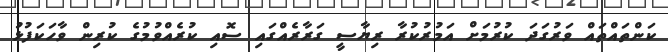
ކަންތައްތައް ވަރުގަދަ ކުރުމަށް އަމުރުކުރާ ރިޔާސީ ގަރާރެއްގައި ސޮއި ކުރެއްވުމުގެ ކުރިން ވާހަކަފުޅު